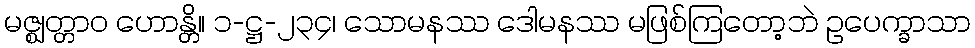
မဇ္ဈတ္တာဝ ဟောန္တိ။ ၁-ဋ္ဌ-၂၃၄၊ သောမနဿ ဒေါမနဿ မဖြစ်ကြတော့ဘဲ ဥပေက္ခာသာ